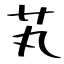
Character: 芄